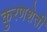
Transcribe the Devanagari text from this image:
कुरणशेती